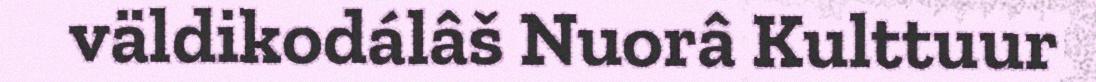
väldikodálâš Nuorâ Kulttuur